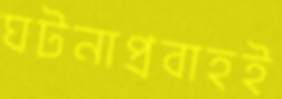
ঘটনাপ্রবাহই